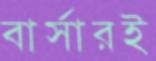
বার্সারই